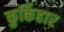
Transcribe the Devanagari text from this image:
कुर्किहार